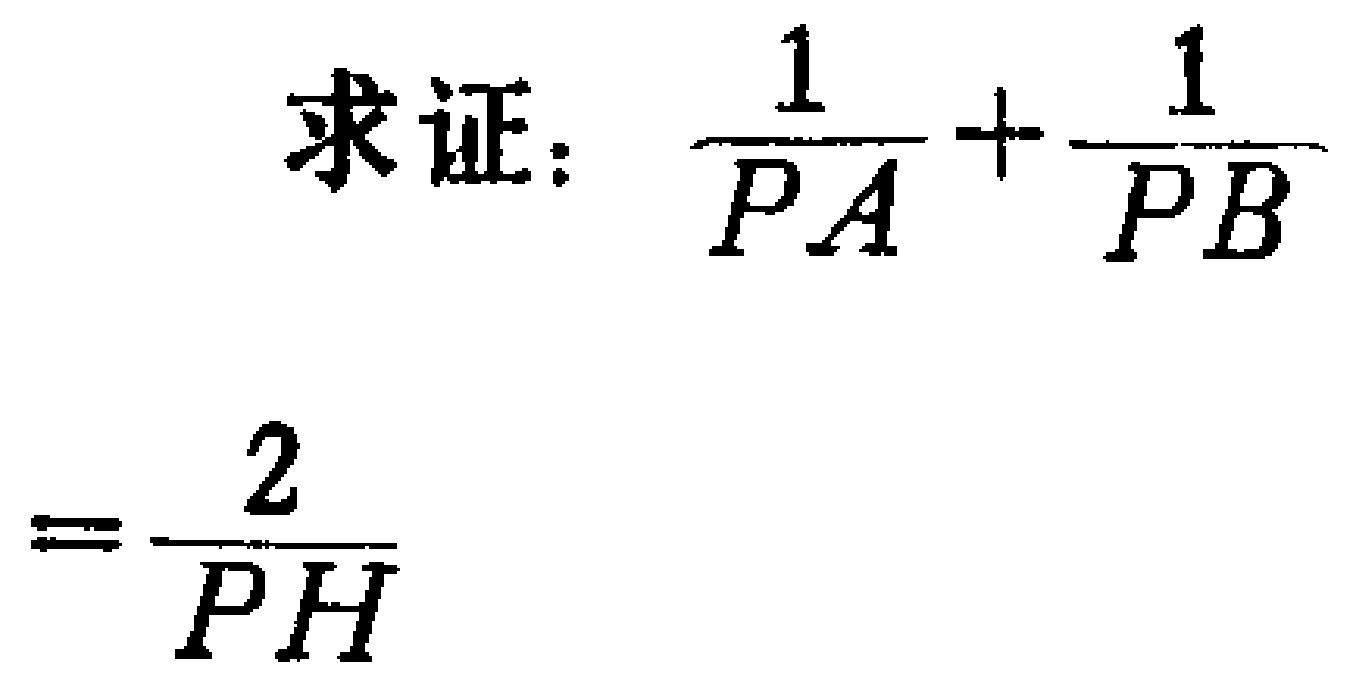
求证：\(\frac{1}{PA}+\frac{1}{PB}=\frac{2}{PH}\)